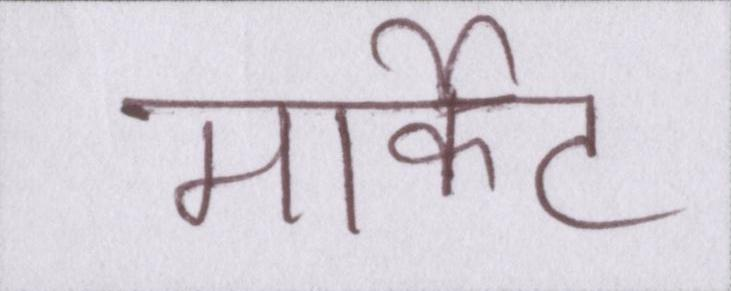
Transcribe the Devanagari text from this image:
मार्केट